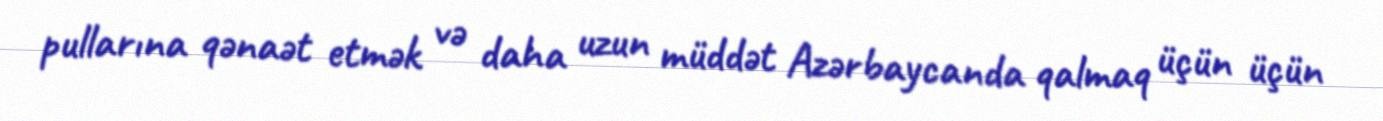
pullarına qənaət etmək və daha uzun müddət Azərbaycanda qalmaq üçün üçün